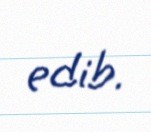
edib.